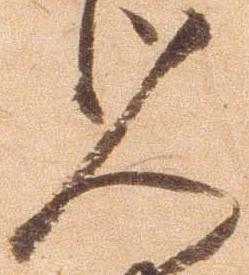
人